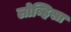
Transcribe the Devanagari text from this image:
लोव्हिसा